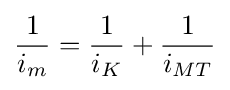
{1 \over i_{m}}={1 \over i_{K}}+{1 \over i_{MT}}